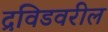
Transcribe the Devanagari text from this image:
द्रविडवरील